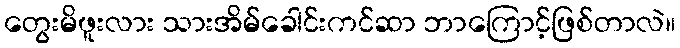
တွေးမိဖူးလား သားအိမ်ခေါင်းကင်ဆာ ဘာကြောင့်ဖြစ်တာလဲ။